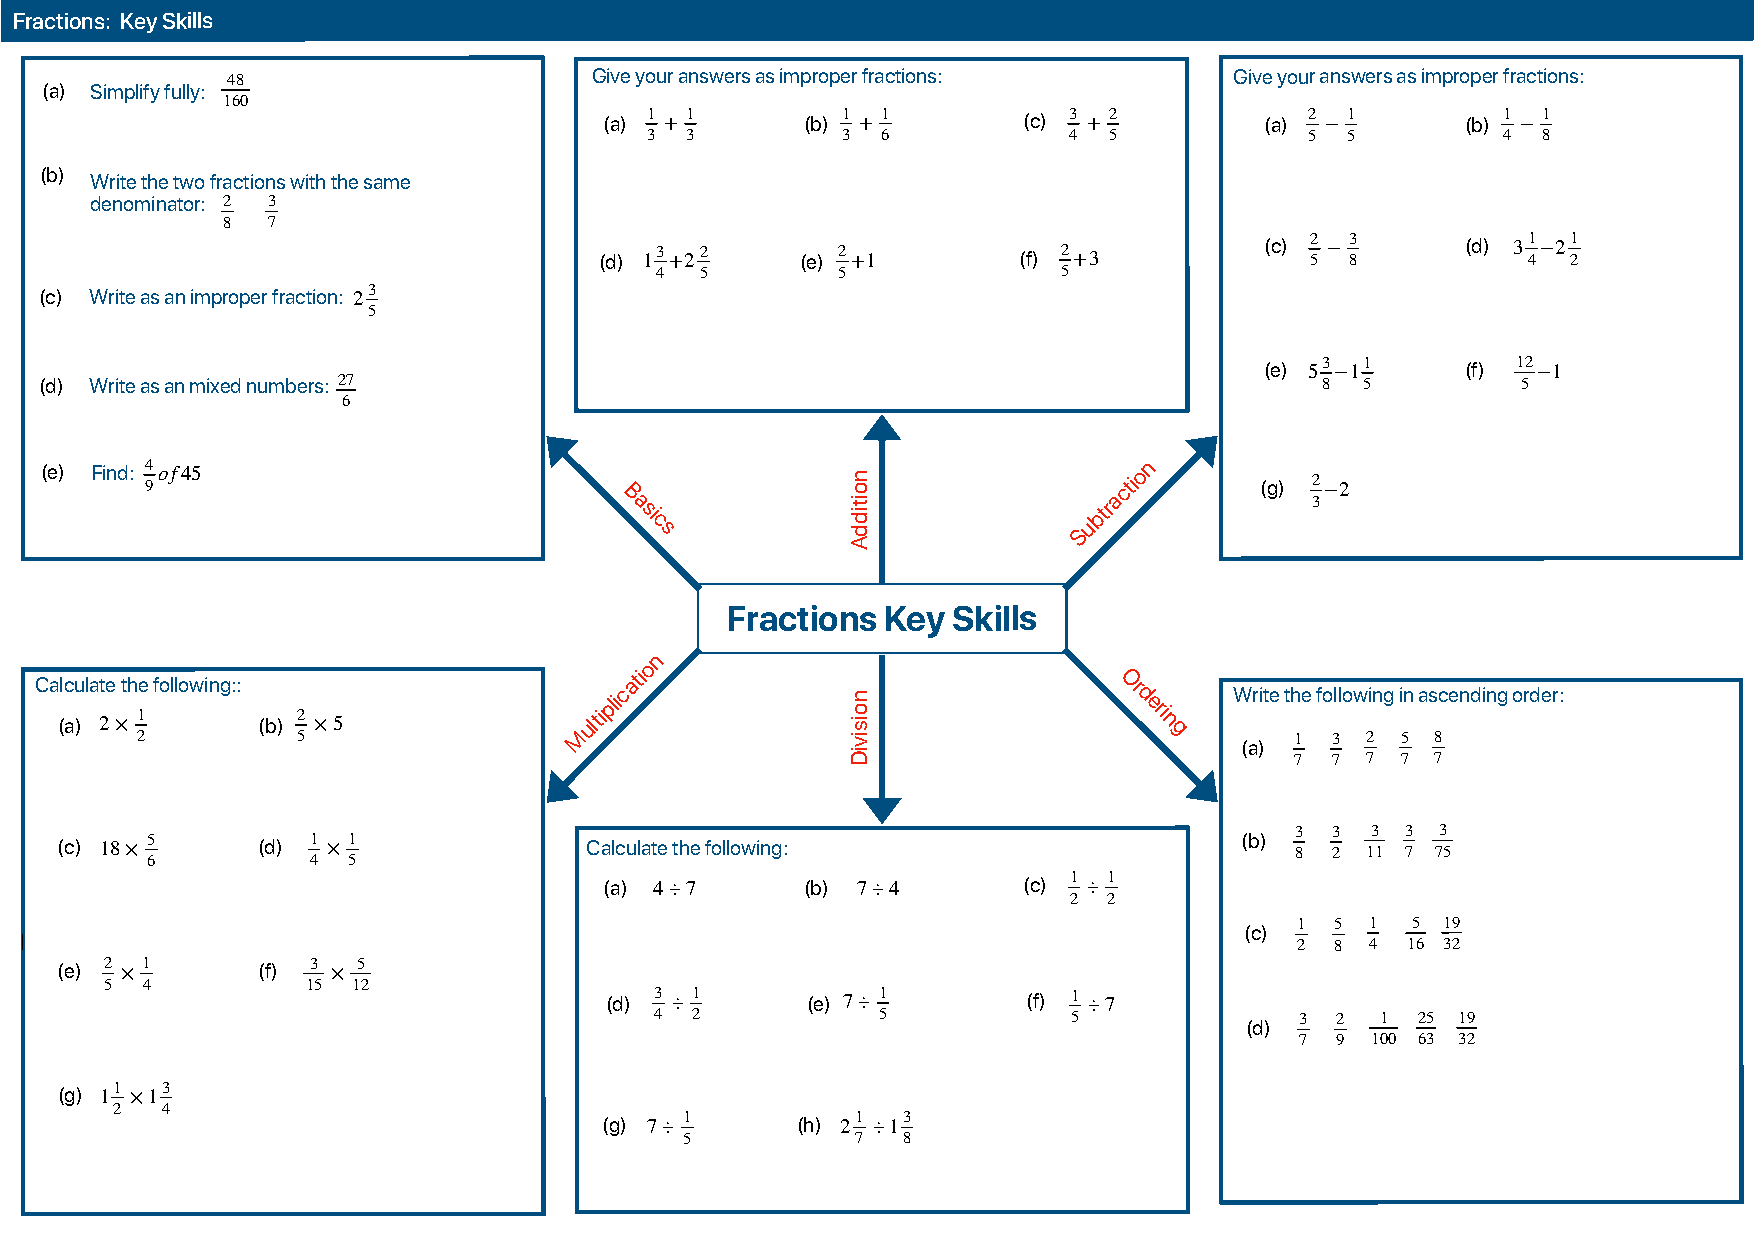
Fractions: Key Skills
 Give your answers as improper fractions:   Give your answers as improper fractions:
 (a) Simplify fully: 48
 160
 (a) 1 + 1    (b) 1 + 1      (c) 3 + 2       (a) 2 − 1    (b) 1 − 1
 3 3          3 6            4 5             5 5         4  8
 (b)
 Write the two fractions with the same
 denominator: 2 3
 8  7                                       ≈
 (d) 13 +22   (e) 2 +1      (f) 2 +3         (c) 2 5 − 3 8 (d) 31 4−21 2
 4  5        5              5
 (c) Write as an improper f ≈raction: 23
 ≈
 5
 (e) 53 −11   (f) 12 −1
 (d) Write as an mixed numbers: 27                                                   8  5          5
 6
 (e) Find: 4 9of45
 B a
 si
 c
 s
 n
 o it
 id
 d
 Subtraction
 (g) 2 3−2
 A
 Fractions  Key Skills
 n
 o
 Ca (lc au )la 2te
 ×
 th
 1
 2e following::
 (b) 2 5 ×5
 Multiplicati
 n
 o
 is iv
 Or
 d
 eri
 n g
 W (ar )ite th 1e fo 3llow 2ing i 5n as 8cending order:
 iD
 7 7 7  7 7
 (c) 18× 5    (d) 1 × 1             Calculate the following:                   (b) 3 8 3 2 13 1 3 7 73 5
 6          4 5
 (a) 4÷7      (b) 7÷4        (c) 1 ÷ 1
 2 2
 ≈                                                               (c) 1 5  1 5  19 ≈
 2 8  4 16 32
 (e) 2 × 1    (f) 3 × 5
 5 4          15 12
 (d) 3 ÷ 1    (e) 7÷ 1       (f) 1 ÷7
 4  2           ≈5           5          (d) 3 2  1  25 19
 7 9  100 63 32
 (g) 11 ×13
 2   4
 (g) 7÷ 1     (h) 21 ÷13
 5           7  8